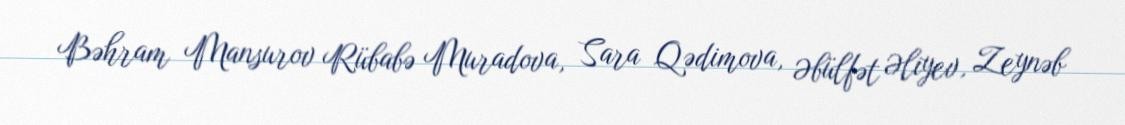
Bəhram Mansurov Rübabə Muradova, Sara Qədimova, Əbülfət Əliyev, Zeynəb